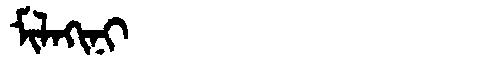
Manchu: ᠮᡳᠯᠠᡴᡳᠨᡳ
Romanization: MILAKINI